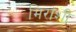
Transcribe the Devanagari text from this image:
मिरांशी